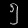
Digit: ၅